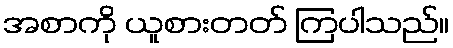
အစာကို ယူစားတတ် ကြပါသည်။